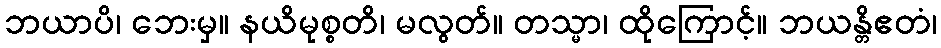
ဘယာပိ၊ ဘေးမှ။ နယိမုစ္စတိ၊ မလွတ်။ တသ္မာ၊ ထိုကြောင့်။ ဘယန္တိဧတံ၊